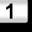
Digit: 1